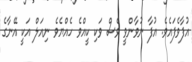
އުފާވެފައެވެ. އުފާ ނުވާންވީ ވެސް ވަކި ކީއްވެ ހެއްޔެވެ ނިއަލް އަކީ އޭނާގެ